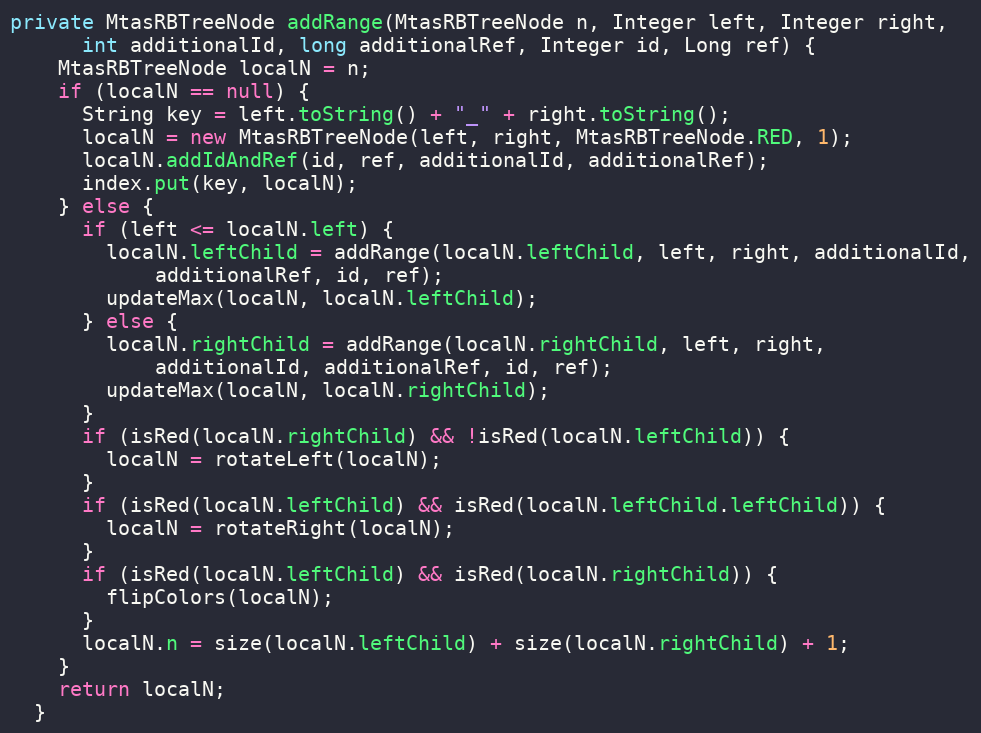
Language: Java
private MtasRBTreeNode addRange(MtasRBTreeNode n, Integer left, Integer right,
      int additionalId, long additionalRef, Integer id, Long ref) {
    MtasRBTreeNode localN = n;
    if (localN == null) {
      String key = left.toString() + "_" + right.toString();
      localN = new MtasRBTreeNode(left, right, MtasRBTreeNode.RED, 1);
      localN.addIdAndRef(id, ref, additionalId, additionalRef);
      index.put(key, localN);
    } else {
      if (left <= localN.left) {
        localN.leftChild = addRange(localN.leftChild, left, right, additionalId,
            additionalRef, id, ref);
        updateMax(localN, localN.leftChild);
      } else {
        localN.rightChild = addRange(localN.rightChild, left, right,
            additionalId, additionalRef, id, ref);
        updateMax(localN, localN.rightChild);
      }
      if (isRed(localN.rightChild) && !isRed(localN.leftChild)) {
        localN = rotateLeft(localN);
      }
      if (isRed(localN.leftChild) && isRed(localN.leftChild.leftChild)) {
        localN = rotateRight(localN);
      }
      if (isRed(localN.leftChild) && isRed(localN.rightChild)) {
        flipColors(localN);
      }
      localN.n = size(localN.leftChild) + size(localN.rightChild) + 1;
    }
    return localN;
  }